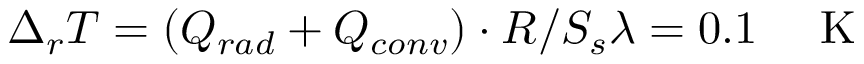
\Delta _ { r } T = ( Q _ { r a d } + Q _ { c o n v } ) \cdot R / S _ { s } \lambda = 0 . 1 ~ \textrm { ~ K }